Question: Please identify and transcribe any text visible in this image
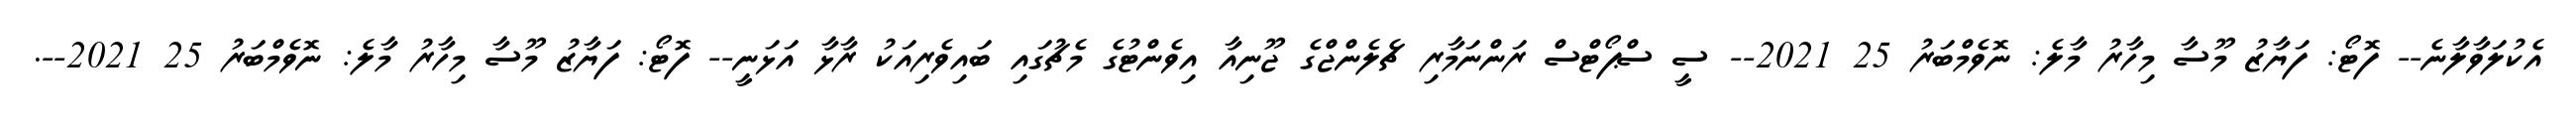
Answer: އެކުލަވާލާނެ-- ފޮޓޯ: ފަޔާޒު މޫސާ މިހާރު މާލެ: ނޮވެމްބަރު 25 2021-- ސީ ސްޕޯޓްސް ރަންނަމާރި ޗެލެންޖްގެ ޖޫނިއާ އިވެންޓުގެ މެޗުގައި ބައިވެރިއަކު ރާޅާ އަޅަނީ-- ފޮޓޯ: ފަޔާޒު މޫސާ މިހާރު މާލެ: ނޮވެމްބަރު 25 2021--.